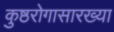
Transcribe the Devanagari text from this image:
कुष्ठरोगासारख्या